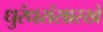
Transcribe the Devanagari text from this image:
धुरंधरांसारखे